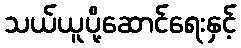
သယ်ယူပို့ဆောင်ရေးနှင့်